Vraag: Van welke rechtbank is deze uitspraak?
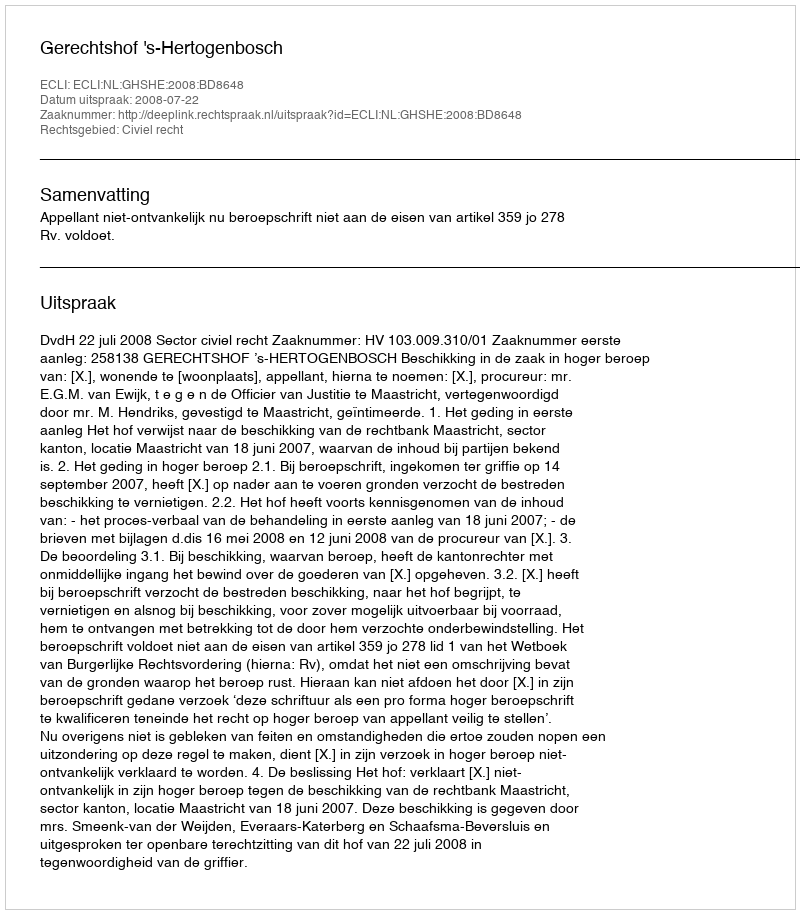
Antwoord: Gerechtshof 's-Hertogenbosch